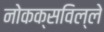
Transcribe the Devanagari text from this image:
नोकक्सविल्ले